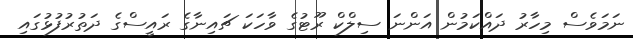
ނަމަވެސް މިހާރު ދައްކަމުން އަންނަ ސިލްކް ރޫޓުގެ ވާހަކަ ޗައިނާގެ ރައީސްގެ ދަތުރުފުޅުގައި